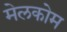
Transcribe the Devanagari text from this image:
मेलकोम